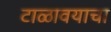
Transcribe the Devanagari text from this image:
टाळावयाचा